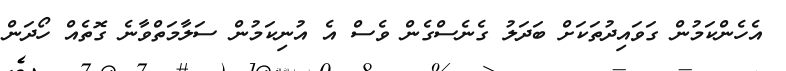
އެހެންކަމުން ގަވައިދުތަކަށް ބަދަލު ގެނެސްގެން ވެސް އެ އުނިކަމުން ސަލާމަތްވާނެ ގޮތެއް ހޯދަން